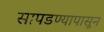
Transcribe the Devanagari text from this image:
सापडण्यापासून